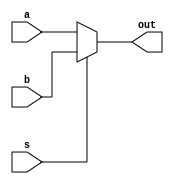
module mux2_1(output wire out, input wire a, input wire b, input wire s);
  assign out = s ? b :a;
endmodule